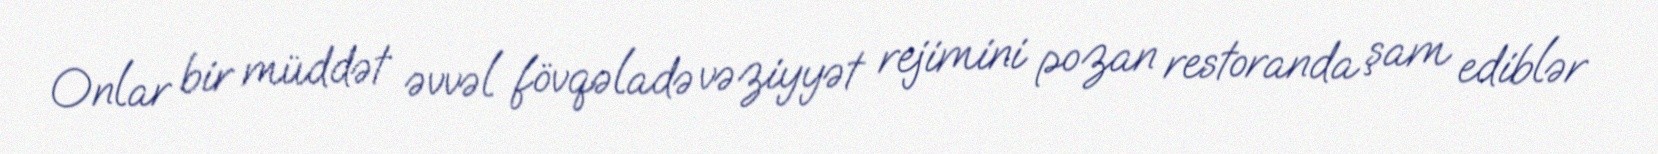
Onlar bir müddət əvvəl fövqəladə vəziyyət rejimini pozan restoranda şam ediblər